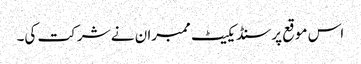
‌‌‌ اس موقع پر سنڈیکیٹ ممبرا ن نے شرکت کی۔